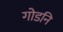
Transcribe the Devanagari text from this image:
गोडनि